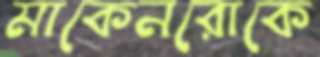
মাকেনরোকে